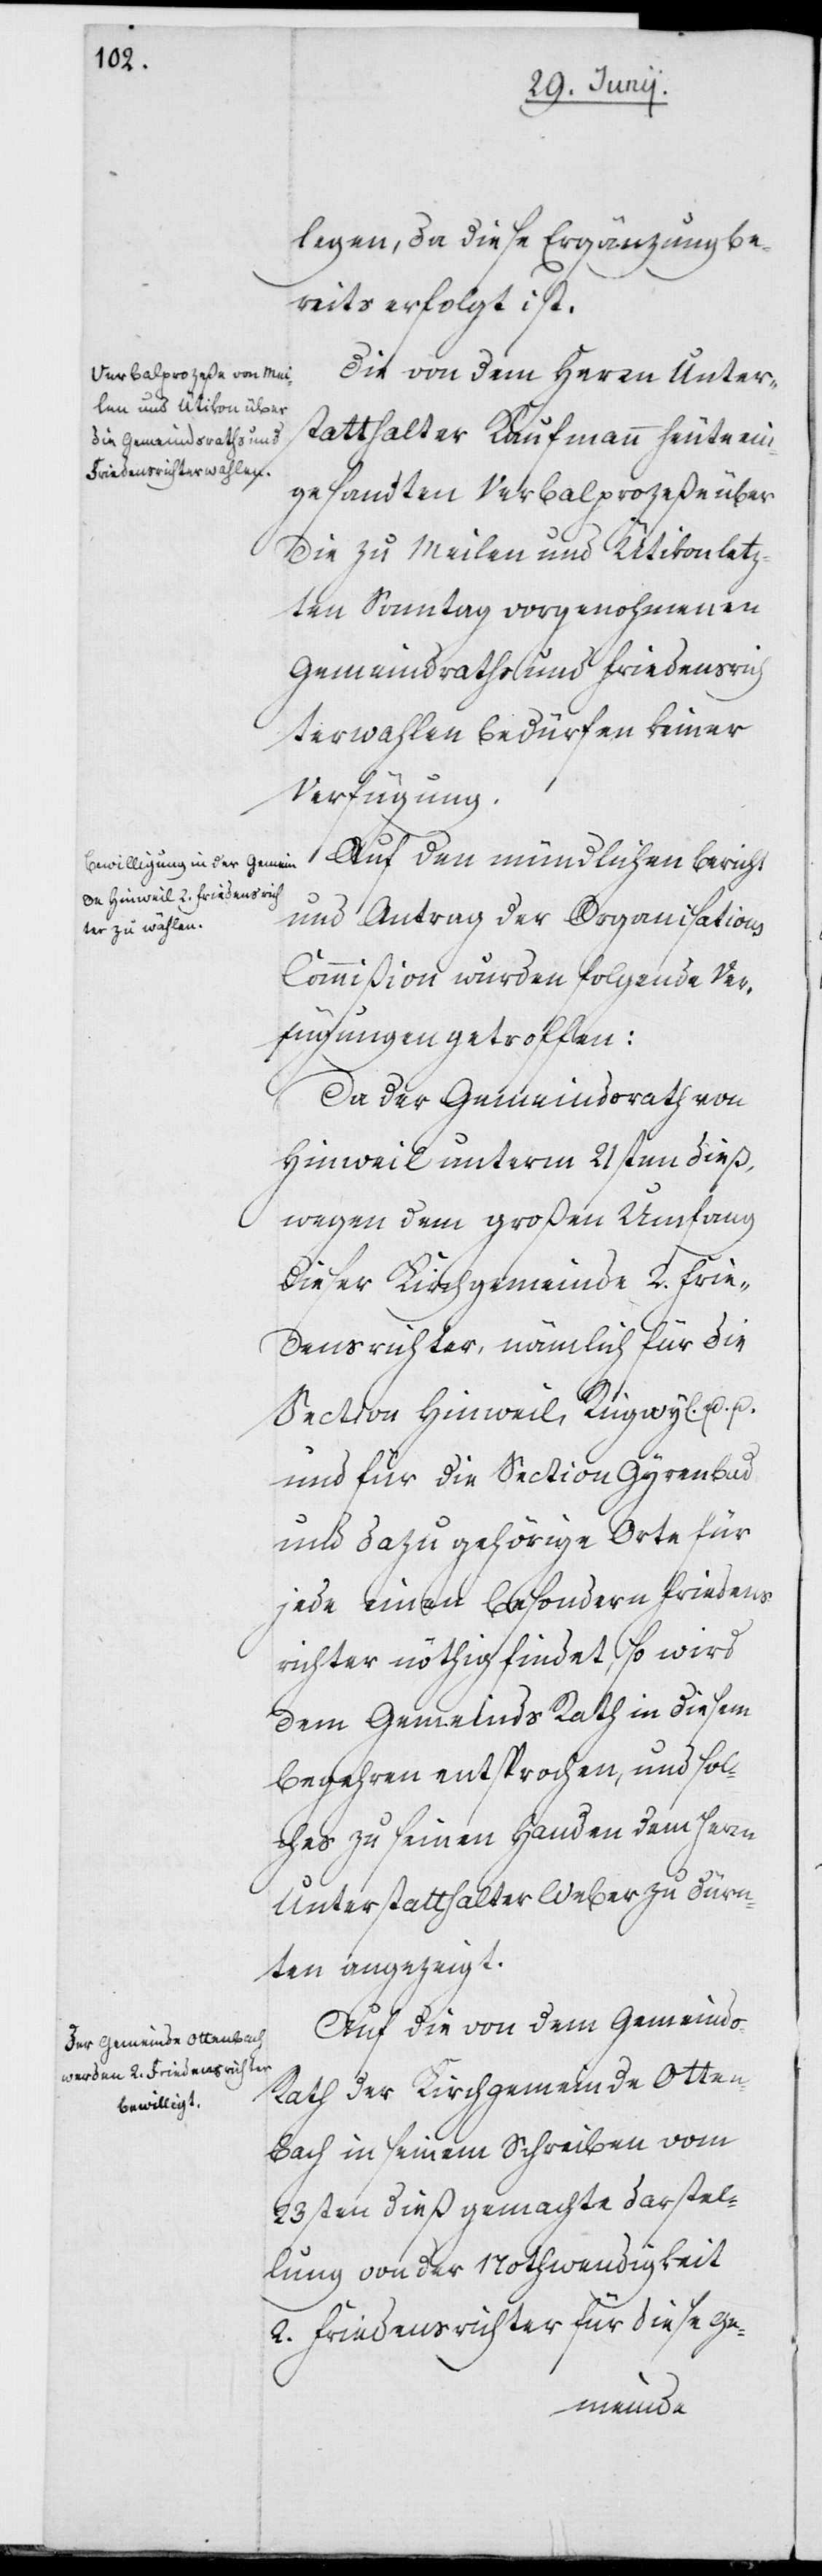
legen, da diese Ergänzung be¬
reits erfolgt ist.
Die von dem Herrn Unter¬
statthalter Kaufmann heute ein¬
gesandten Verbalprozeße über
die zu Meilen und Ütikon letz¬
ten Sonntag vorgenohmenen
Gemeindraths und Friedensrich¬
terwahlen bedürfen keiner
Verfügung.
Auf den mündlichen Bericht
und Antrag der Organisations
Commißion wurden folgende Ver¬
fügungen getroffen:
Da der Gemeindsrath von
Hinweil unterm 21sten dieß,
wegen dem großen Umfang
dieser Kirchgemeinde 2. Frie¬
densrichter, nämlich für die
Section Hinweil, Ringwyl u.
für die Section Gyrenbad
und dazu gehörige Orte für
jede einen besondern Friedens¬
richter nöthig findet, so wird
dem Gemeinds Rath in diesem
Begehren entsprochen, und sol¬
ches zu seinen Handen dem Herrn
Unterstatthalter Weber zu Dürn¬
ten angezeigt.
Auf die von dem Gemeind¬
s-Rath der Kirchgemeinde Otten¬
bach in seinem Schreiben vom
23sten dieß gemachte Darstel¬
lung von der Nothwendigkeit
2. Friedensrichter für diese Ge-